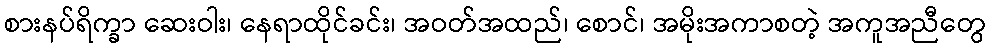
စားနပ်ရိက္ခာ ဆေးဝါး၊ နေရာထိုင်ခင်း၊ အဝတ်အထည်၊ စောင်၊ အမိုးအကာစတဲ့ အကူအညီတွေ